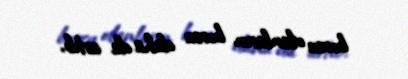
borcu olanların borcu daha da artıb.